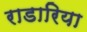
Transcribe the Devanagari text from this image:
राडारिया